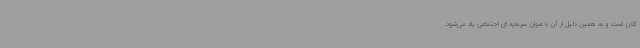
کلان است و به همین دلیل از آن با عنوان سرمایه ای اجتماعی یاد می‌شود.